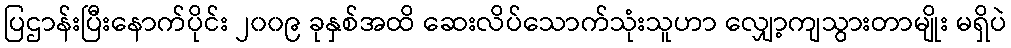
ပြဌာန်းပြီးနောက်ပိုင်း ၂၀၀၉ ခုနှစ်အထိ ဆေးလိပ်သောက်သုံးသူဟာ လျှော့ကျသွားတာမျိုး မရှိပဲ